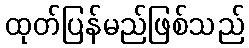
ထုတ်ပြန်မည်ဖြစ်သည်